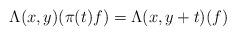
LaTeX: \begin{align*}\Lambda(x,y)(\pi(t) f) = \Lambda(x,y+t)(f)\end{align*}